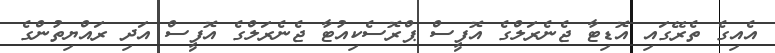
އެއިގެ ތެރޭގައި އޮޑިޓާ ޖެނެރަލްގެ އޮފީސް ޕްރޮސެކިއުޓާ ޖެނެރަލްގެ އޮފީސް އަދި ރައްޔިތުންގެ